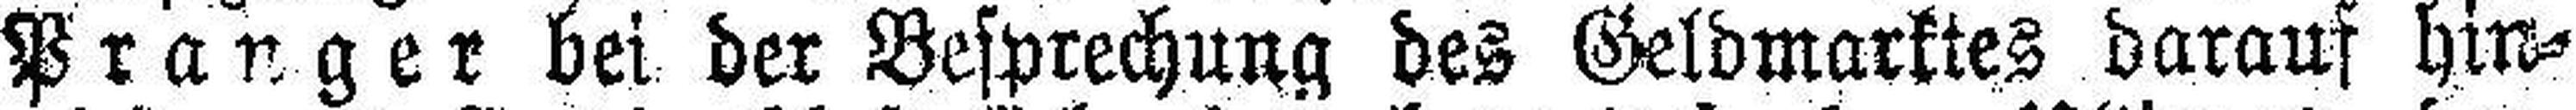
Pranger bei der Besprechung des Geldmarktes darauf hin¬